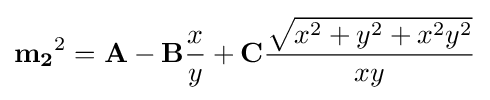
\mathbf {m_{2}} ^{2}=\mathbf {A} -\mathbf {B} {x \over y}+\mathbf {C} {{\sqrt {x^{2}+y^{2}+x^{2}y^{2}}} \over xy}